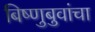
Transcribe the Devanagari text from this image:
बिष्णुबुवांचा